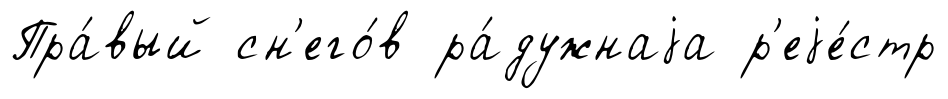
Пра́вый сн'его́в ра́дужнаjа р'еjе́стр